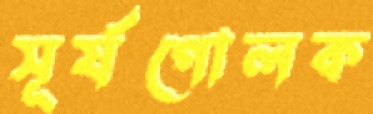
সূর্যগোলক